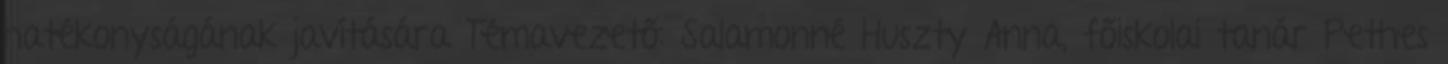
hatékonyságának javítására Témavezető: Salamonné Huszty Anna, főiskolai tanár Pethes